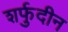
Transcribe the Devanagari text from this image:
शर्फुदीन